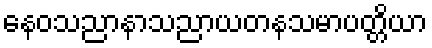
နေဝသညာနာသညာယတနသမာပတ္တိယာ